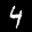
Label: 4